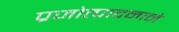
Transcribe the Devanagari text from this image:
प्रजोत्पादनाने